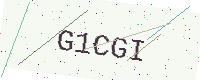
Text: G1CGI